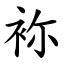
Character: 袮